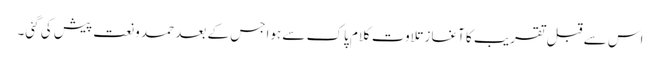
اس سے قبل تقریب کا آغاز تلاوت کلام پاک سے ہواجس کے بعد حمد ونعت پیش کی گئی۔